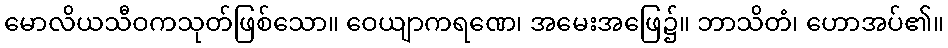
မောလိယသီဝကသုတ်ဖြစ်သော။ ဝေယျာကရဏေ၊ အမေးအဖြေ၌။ ဘာသိတံ၊ ဟောအပ်၏။